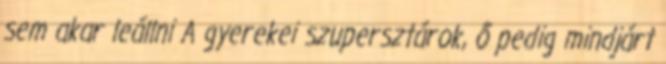
sem akar leállni A gyerekei szupersztárok, ő pedig mindjárt